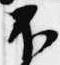
不